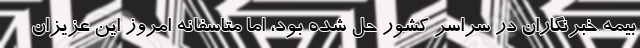
بیمه خبرنگاران در سراسر کشور حل شده بود، اما متاسفانه امروز این عزیزان